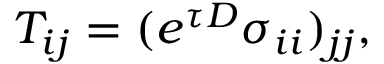
T _ { i j } = ( e ^ { \tau D } \sigma _ { i i } ) _ { j j } ,